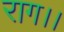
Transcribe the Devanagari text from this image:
राग।।